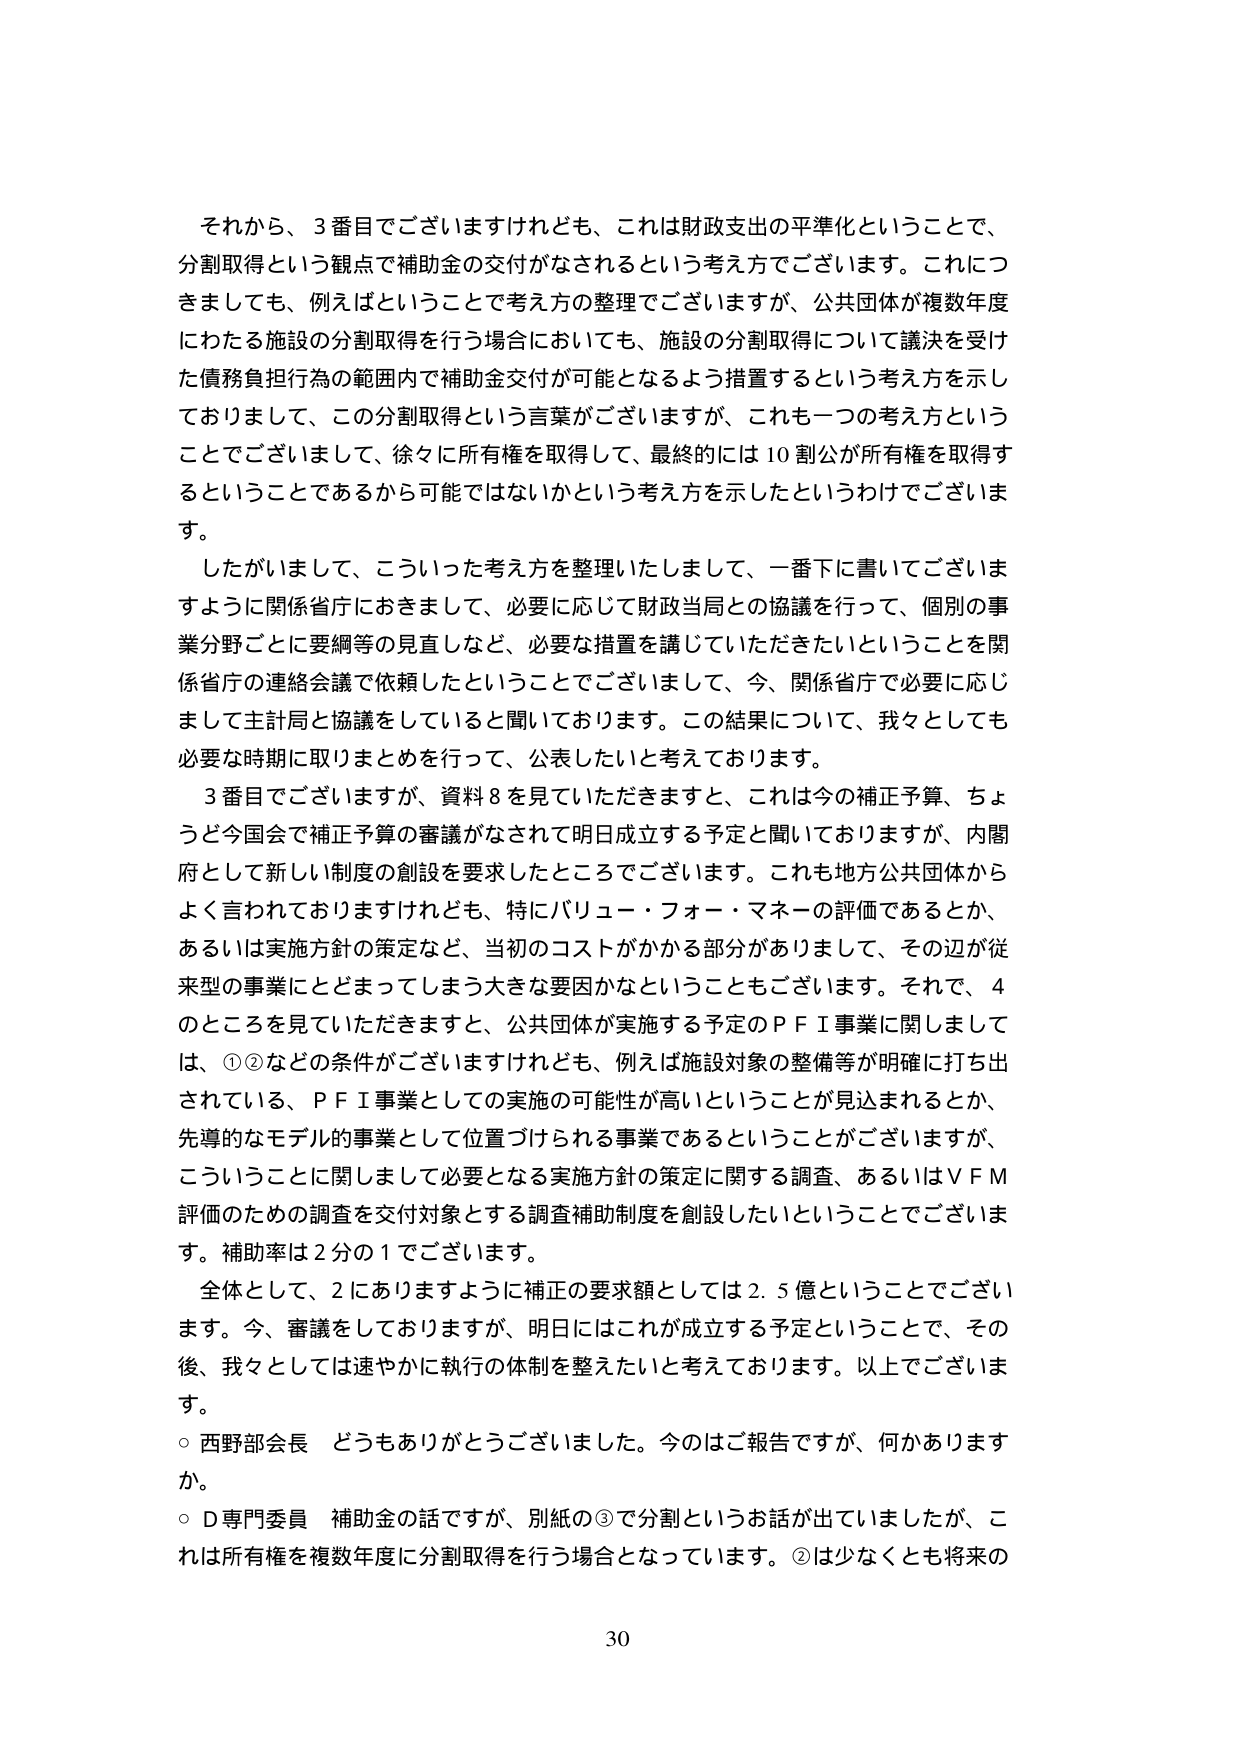
それから、3番目でございますけれども、これは財政支出の平準化ということで、
分割取得という観点で補助金の交付がなされるという考え方でございます。これにつ
きましても、例えばということで考え方の整理でございますが、公共団体が複数年度
にわたる施設の分割取得を行う場合においても、施設の分割取得について議決を受け
た債務負担行為の範囲内で補助金交付が可能となるよう措置するという考え方を示し
ておりまして、この分割取得という言葉がございますが、これも一つの考え方という
ことでございまして、徐々に所有権を取得して、最終的には10割公が所有権を取得す
るということであるから可能ではないかという考え方を示したというわけでございま
す。
したがいまして、こういった考え方を整理いたしまして、一番下に書いてございま
すように関係省庁におきまして、必要に応じて財政当局との協議を行って、個別の事
業分野ごとに要綱等の見直しなど、必要な措置を講じていただきたいということを関
係省庁の連絡会議で依頼したということでございまして、今、関係省庁で必要に応じ
まして主計局と協議をしていると聞いております。この結果について、我々としても
必要な時期に取りまとめを行って、公表したいと考えております。
3番目でございますが、資料8を見ていただきますと、これは今の補正予算、ちょ
うど今国会で補正予算の審議がなされて明日成立する予定と聞いておりますが、内閣
府として新しい制度の創設を要求したところでございます。これも地方公共団体から
よく言われておりますけれども、特にバリュー・フォー・マネーの評価であるとか、
あるいは実施方針の策定など、当初のコストがかかる部分がありまして、その辺が従
来型の事業にとどまってしまう大きな要因かなということもございます。それで、4
のところを見ていただきますと、公共団体が実施する予定のＰＦＩ事業に関しまして
は、①②などの条件がございますけれども、例えば施設対象の整備等が明確に打ち出
されている、ＰＦＩ事業としての実施の可能性が高いということが見込まれるとか、
先導的なモデルの事業として位置づけられる事業であるということがございますが、
こういうことに関しまして必要となる実施方針の策定に関する調査、あるいはＶＦＭ
評価のための調査を交付対象とする調査補助制度を創設したいということでございま
す。補助率は2分の1でございます。
全体として、2にありますように補正の要求額としては2.5億ということでござい
ます。今、審議をしておりますが、明日にはこれが成立する予定ということで、その
後、我々としては速やかに執行の体制を整えたいと考えております。以上でございま
す。
○西野部会長 どうもありがとうございました。今のはご報告ですが、何かあります
か。
○Ｄ専門委員 補助金の話ですが、別紙の③で分割というお話が出ていましたが、こ
れは所有権を複数年度に分割取得を行う場合となっています。②は少なくとも将来の
30